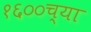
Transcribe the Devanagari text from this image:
१६००च्या